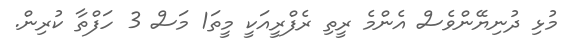
މުޅި ދުނިޔޭންވެސް އެންމެ ރީތި ރެފްރީއަކީ މީތަ1 މަސް 3 ހަފްތާ ކުރިން.